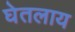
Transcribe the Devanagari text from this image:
घेतलाय